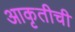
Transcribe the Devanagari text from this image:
आकृतीची